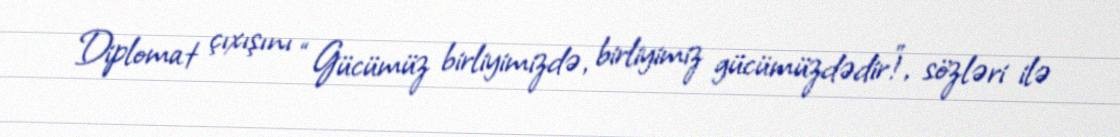
Diplomat çıxışını “Gücümüz birliyimizdə, birliyimiz gücümüzdədir!”, sözləri ilə